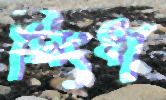
সিংধা